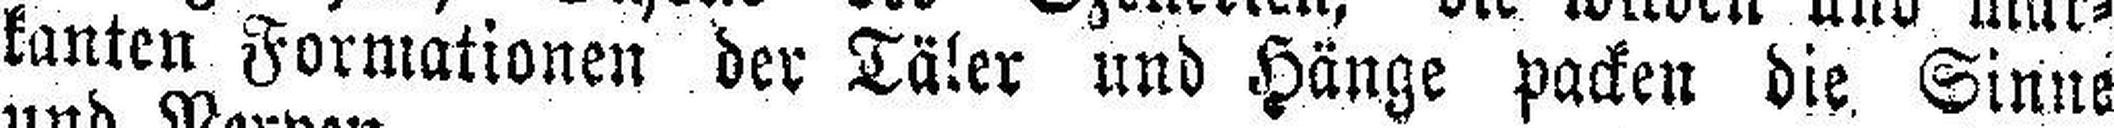
kanten Formationen der Täler und Hänge packen die Sinne